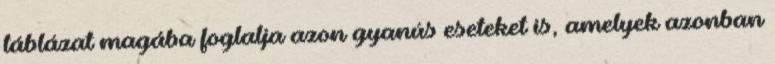
táblázat magába foglalja azon gyanús eseteket is, amelyek azonban